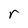
Character: r